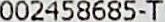
002458685-T